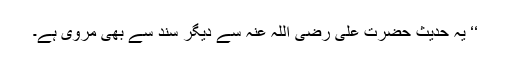
‘‘ یہ حدیث حضرت علی رضی اللہ عنہ سے دیگر سند سے بھی مروی ہے۔